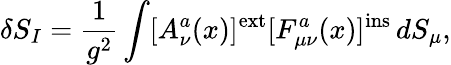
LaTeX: \delta S_{I}=\frac{1}{g^{2}}\int[A_{\nu}^{a}(x)]^{\mathrm{ext}}[F_{\mu\nu}^{a}(x)]^{\mathrm{ins}}\, dS_{\mu},